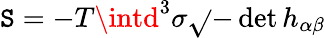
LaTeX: \mathtt{S}=-T\intd^{3}\sigma\sqrt{}{{-\operatorname*{det}h_{\alpha\beta}}}